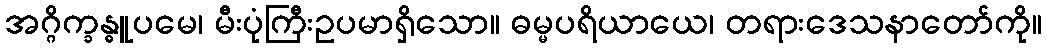
အဂ္ဂိက္ခန္ဓူပမေ၊ မီးပုံကြီးဥပမာရှိသော။ ဓမ္မပရိယာယေ၊ တရားဒေသနာတော်ကို။